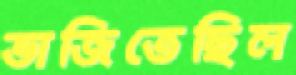
ভাজিতেছিল